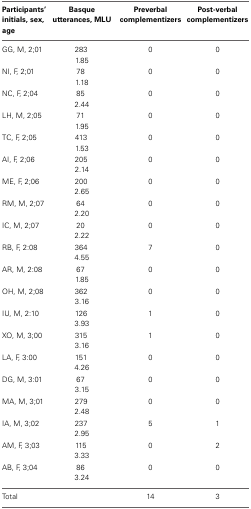
<table><thead><tr><td><b>Participants&#x27; initials, sex, age</b></td><td><b>Basque utterances, MLU</b></td><td><b>Preverbal complementizers</b></td><td><b>Post-verbal complementizers</b></td></tr></thead><tbody><tr><td rowspan="2">GG, M, 2;01</td><td>283</td><td rowspan="2">0</td><td rowspan="2">0</td></tr><tr><td>1.85</td></tr><tr><td rowspan="2">NI, F, 2;01</td><td>78</td><td rowspan="2">0</td><td rowspan="2">0</td></tr><tr><td>1.18</td></tr><tr><td rowspan="2">NC, F, 2;04</td><td>85</td><td rowspan="2">0</td><td rowspan="2">0</td></tr><tr><td>2.44</td></tr><tr><td rowspan="2">LH, M, 2;05</td><td>71</td><td rowspan="2">0</td><td rowspan="2">0</td></tr><tr><td>1.95</td></tr><tr><td rowspan="2">TC, F, 2;05</td><td>413</td><td rowspan="2">0</td><td rowspan="2">0</td></tr><tr><td>1.53</td></tr><tr><td rowspan="2">AI, F, 2;06</td><td>205</td><td rowspan="2">0</td><td rowspan="2">0</td></tr><tr><td>2.14</td></tr><tr><td rowspan="2">ME, F, 2;06</td><td>200</td><td rowspan="2">0</td><td rowspan="2">0</td></tr><tr><td>2.65</td></tr><tr><td rowspan="2">RM, M, 2;07</td><td>64</td><td rowspan="2">0</td><td rowspan="2">0</td></tr><tr><td>2.20</td></tr><tr><td rowspan="2">IC, M, 2;07</td><td>20</td><td rowspan="2">0</td><td rowspan="2">0</td></tr><tr><td>2.22</td></tr><tr><td rowspan="2">RB, F, 2:08</td><td>364</td><td rowspan="2">7</td><td rowspan="2">0</td></tr><tr><td>4.55</td></tr><tr><td rowspan="2">AR, M, 2:08</td><td>67</td><td rowspan="2">0</td><td rowspan="2">0</td></tr><tr><td>1.85</td></tr><tr><td rowspan="2">OH, M, 2;08</td><td>362</td><td rowspan="2">0</td><td rowspan="2">0</td></tr><tr><td>3.16</td></tr><tr><td rowspan="2">IU, M, 2:10</td><td>126</td><td rowspan="2">1</td><td rowspan="2">0</td></tr><tr><td>3.93</td></tr><tr><td rowspan="2">XO, M, 3;00</td><td>315</td><td rowspan="2">1</td><td rowspan="2">0</td></tr><tr><td>3.16</td></tr><tr><td rowspan="2">LA, F, 3:00</td><td>151</td><td rowspan="2">0</td><td rowspan="2">0</td></tr><tr><td>4.26</td></tr><tr><td rowspan="2">DG, M, 3:01</td><td>67</td><td rowspan="2">0</td><td rowspan="2">0</td></tr><tr><td>3.15</td></tr><tr><td rowspan="2">MA, M, 3;01</td><td>279</td><td rowspan="2">0</td><td rowspan="2">0</td></tr><tr><td>2.48</td></tr><tr><td rowspan="2">IA, M, 3;02</td><td>237</td><td rowspan="2">5</td><td rowspan="2">1</td></tr><tr><td>2.95</td></tr><tr><td rowspan="2">AM, F, 3;03</td><td>115</td><td rowspan="2">0</td><td rowspan="2">2</td></tr><tr><td>3.33</td></tr><tr><td rowspan="2">AB, F, 3;04</td><td>86</td><td rowspan="2">0</td><td rowspan="2">0</td></tr><tr><td>3.24</td></tr><tr><td rowspan="2">Total</td><td></td><td>14</td><td rowspan="2">3</td></tr></tbody></table>